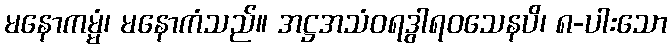
မနောကမ္မံ၊ မနောကံသည်။ အဋ္ဌအသံဝရဒွါရဝသေနပိ၊ ၈-ပါးသော